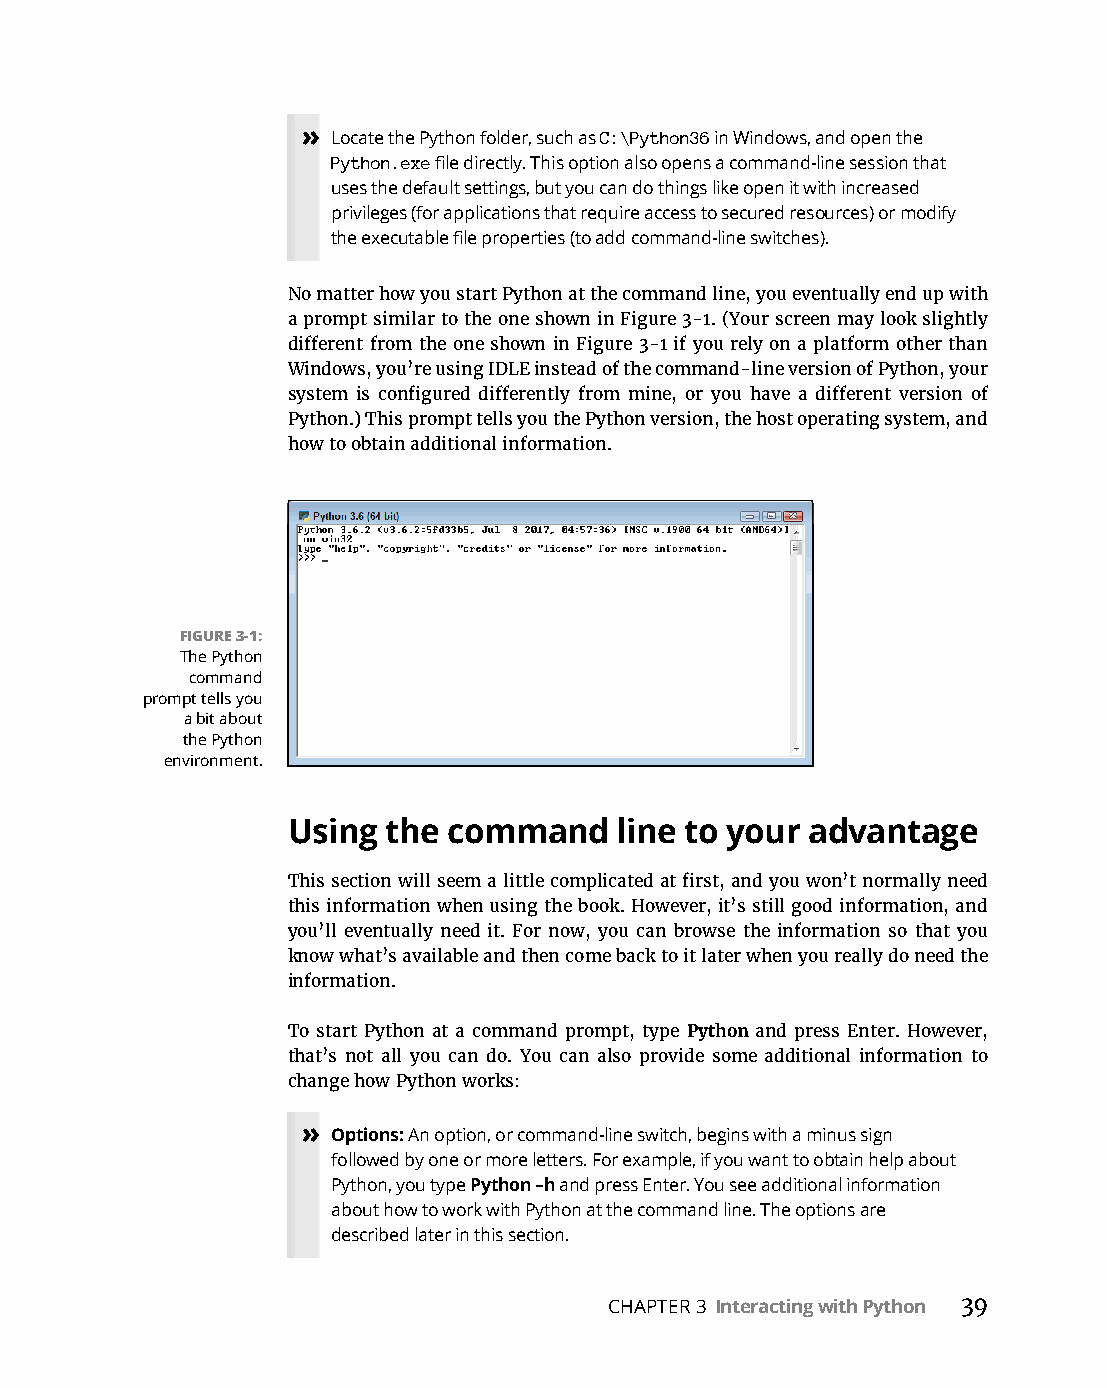
» Locate the Python folder, such as C:\Python36 in Windows, and open the
 Python.exe file directly. This option also opens a command-line session that
 uses the default settings, but you can do things like open it with increased
 privileges (for applications that require access to secured resources) or modify
 the executable file properties (to add command-line switches).
 No matter how you start Python at the command line, you eventually end up with
 a prompt similar to the one shown in Figure 3-1. (Your screen may look slightly
 different from the one shown in Figure 3-1 if you rely on a platform other than
 Windows, you’re using IDLE instead of the command-line version of Python, your
 system is configured differently from mine, or you have a different version of
 Python.) This prompt tells you the Python version, the host operating system, and
 how to obtain additional information.
 FIGURE 3-1:
 The Python
 command
 prompt tells you
 a bit about
 the Python
 environment.
 Using the  command    line to your advantage
 This section will seem a little complicated at first, and you won’t normally need
 this information when using the book. However, it’s still good information, and
 you’ll eventually need it. For now, you can browse the information so that you
 know what’s available and then come back to it later when you really do need the
 information.
 To start Python at a command prompt, type Python and press Enter. However,
 that’s not all you can do. You can also provide some additional information to
 change how Python works:
 » Options: An option, or command-line switch, begins with a minus sign
 followed by one or more letters. For example, if you want to obtain help about
 Python, you type Python –h and press Enter. You see additional information
 about how to work with Python at the command line. The options are
 described later in this section.
 CHAPTER 3 Interacting with Python 39